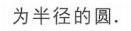
为半径的圆.